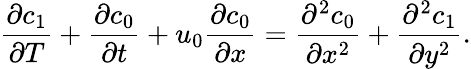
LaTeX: \frac{\partial c_{1}}{\partial T}+\frac{\partial c_{0}}{\partial t}+u_{0}\frac{\partial c_{0}}{\partial x}=\frac{\partial^{2}c_{0}}{\partial x^{2}}+\frac{\partial^{2}c_{1}}{\partial y^{2}}.